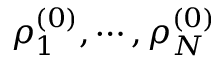
\rho _ { 1 } ^ { ( 0 ) } , \cdots , \rho _ { N } ^ { ( 0 ) }